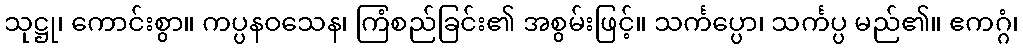
သုဋ္ဌု၊ ကောင်းစွာ။ ကပ္ပနဝသေန၊ ကြံစည်ခြင်း၏ အစွမ်းဖြင့်။ သင်္ကပ္ပော၊ သင်္ကပ္ပ မည်၏။ ဧကဂ္ဂံ၊